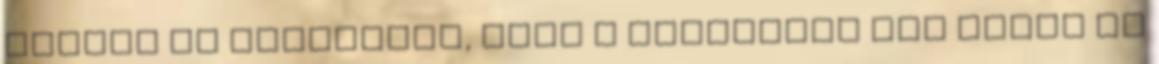
üzenem az opelosnak, hogy a mellettem ülő szőke az